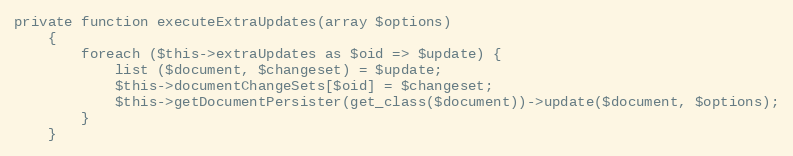
Language: PHP
private function executeExtraUpdates(array $options)
    {
        foreach ($this->extraUpdates as $oid => $update) {
            list ($document, $changeset) = $update;
            $this->documentChangeSets[$oid] = $changeset;
            $this->getDocumentPersister(get_class($document))->update($document, $options);
        }
    }